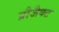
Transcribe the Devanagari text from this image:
प्रौजैक्ट